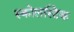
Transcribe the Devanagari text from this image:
स्कोलस्टिक